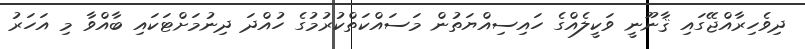
ދިވެހިރާއްޖޭގައި ޤާނޫނީ ވަކީލެއްގެ ހައިސިއްޔަތުން މަސައްކަތްކުރުމުގެ ހުއްދަ ދިނުމަށްޓަކައި ބާއްވާ މި އަހަރު